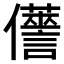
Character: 𠑏